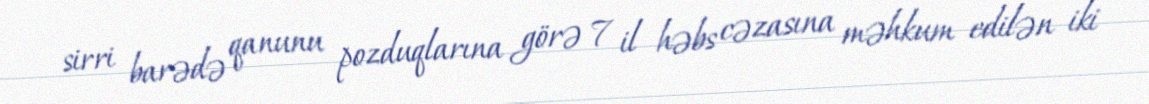
sirri barədə qanunu pozduqlarına görə 7 il həbs cəzasına məhkum edilən iki